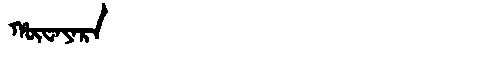
Manchu: ᡥᡡᠸᠠᠶᠠᡵᠠ
Romanization: HŪWAYARA